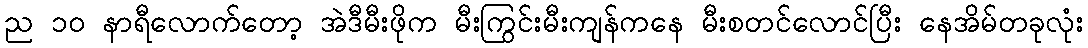
ည ၁၀ နာရီလောက်တော့ အဲဒီမီးဖိုက မီးကြွင်းမီးကျန်ကနေ မီးစတင်လောင်ပြီး နေအိမ်တခုလုံး